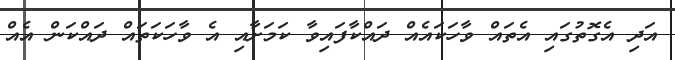
އަދި އެގޮތުގައި އެތައް ވާހަކައެއް ދައްކާފައިވާ ކަމަށާއި އެ ވާހަކަތައް ދައްކަން އެއް